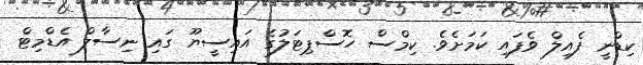
ކިޑްނީ ފެއިލް ވެފައި ކަމަށެވެ. ކިމްސް ހޮސްޕިޓަލުގެ އައިސީޔޫ ގައި ނިސާލް އެޑްމިޓް